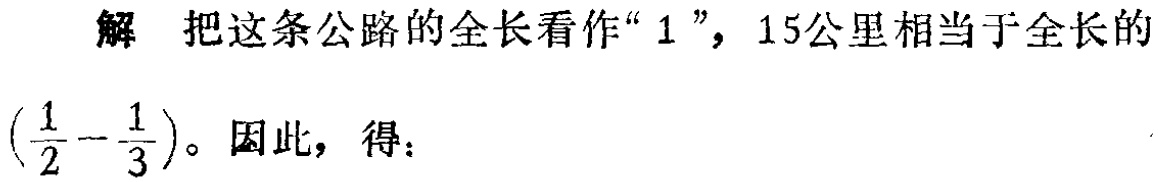
解 把这条公路的全长看作“$1$”，15公里相当于全长的$\left(\frac{1}{2}-\frac{1}{3}\right)$。因此，得：